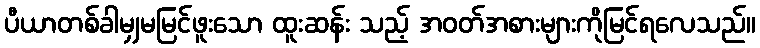
ပီယာတစ်ခါမျှမမြင်ဖူးသော ထူးဆန်း သည့် အဝတ်အစားများကိုမြင်ရလေသည်။